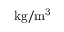
\mathrm { { k g / m ^ { 3 } } }